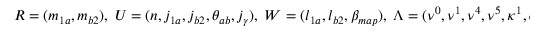
R = ( m _ { 1 a } , m _ { b 2 } ) , \; U = ( n , j _ { 1 a } , j _ { b 2 } , \theta _ { a b } , j _ { \gamma } ) , \; W = ( l _ { 1 a } , l _ { b 2 } , \beta _ { m a p } ) , \; \Lambda = ( \nu ^ { 0 } , \nu ^ { 1 } , \nu ^ { 4 } , \nu ^ { 5 } , \kappa ^ { 1 } , \omega ^ { 2 } )